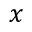
x